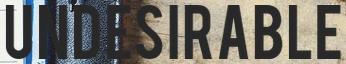
UNDESIRABLE